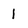
Character: 1